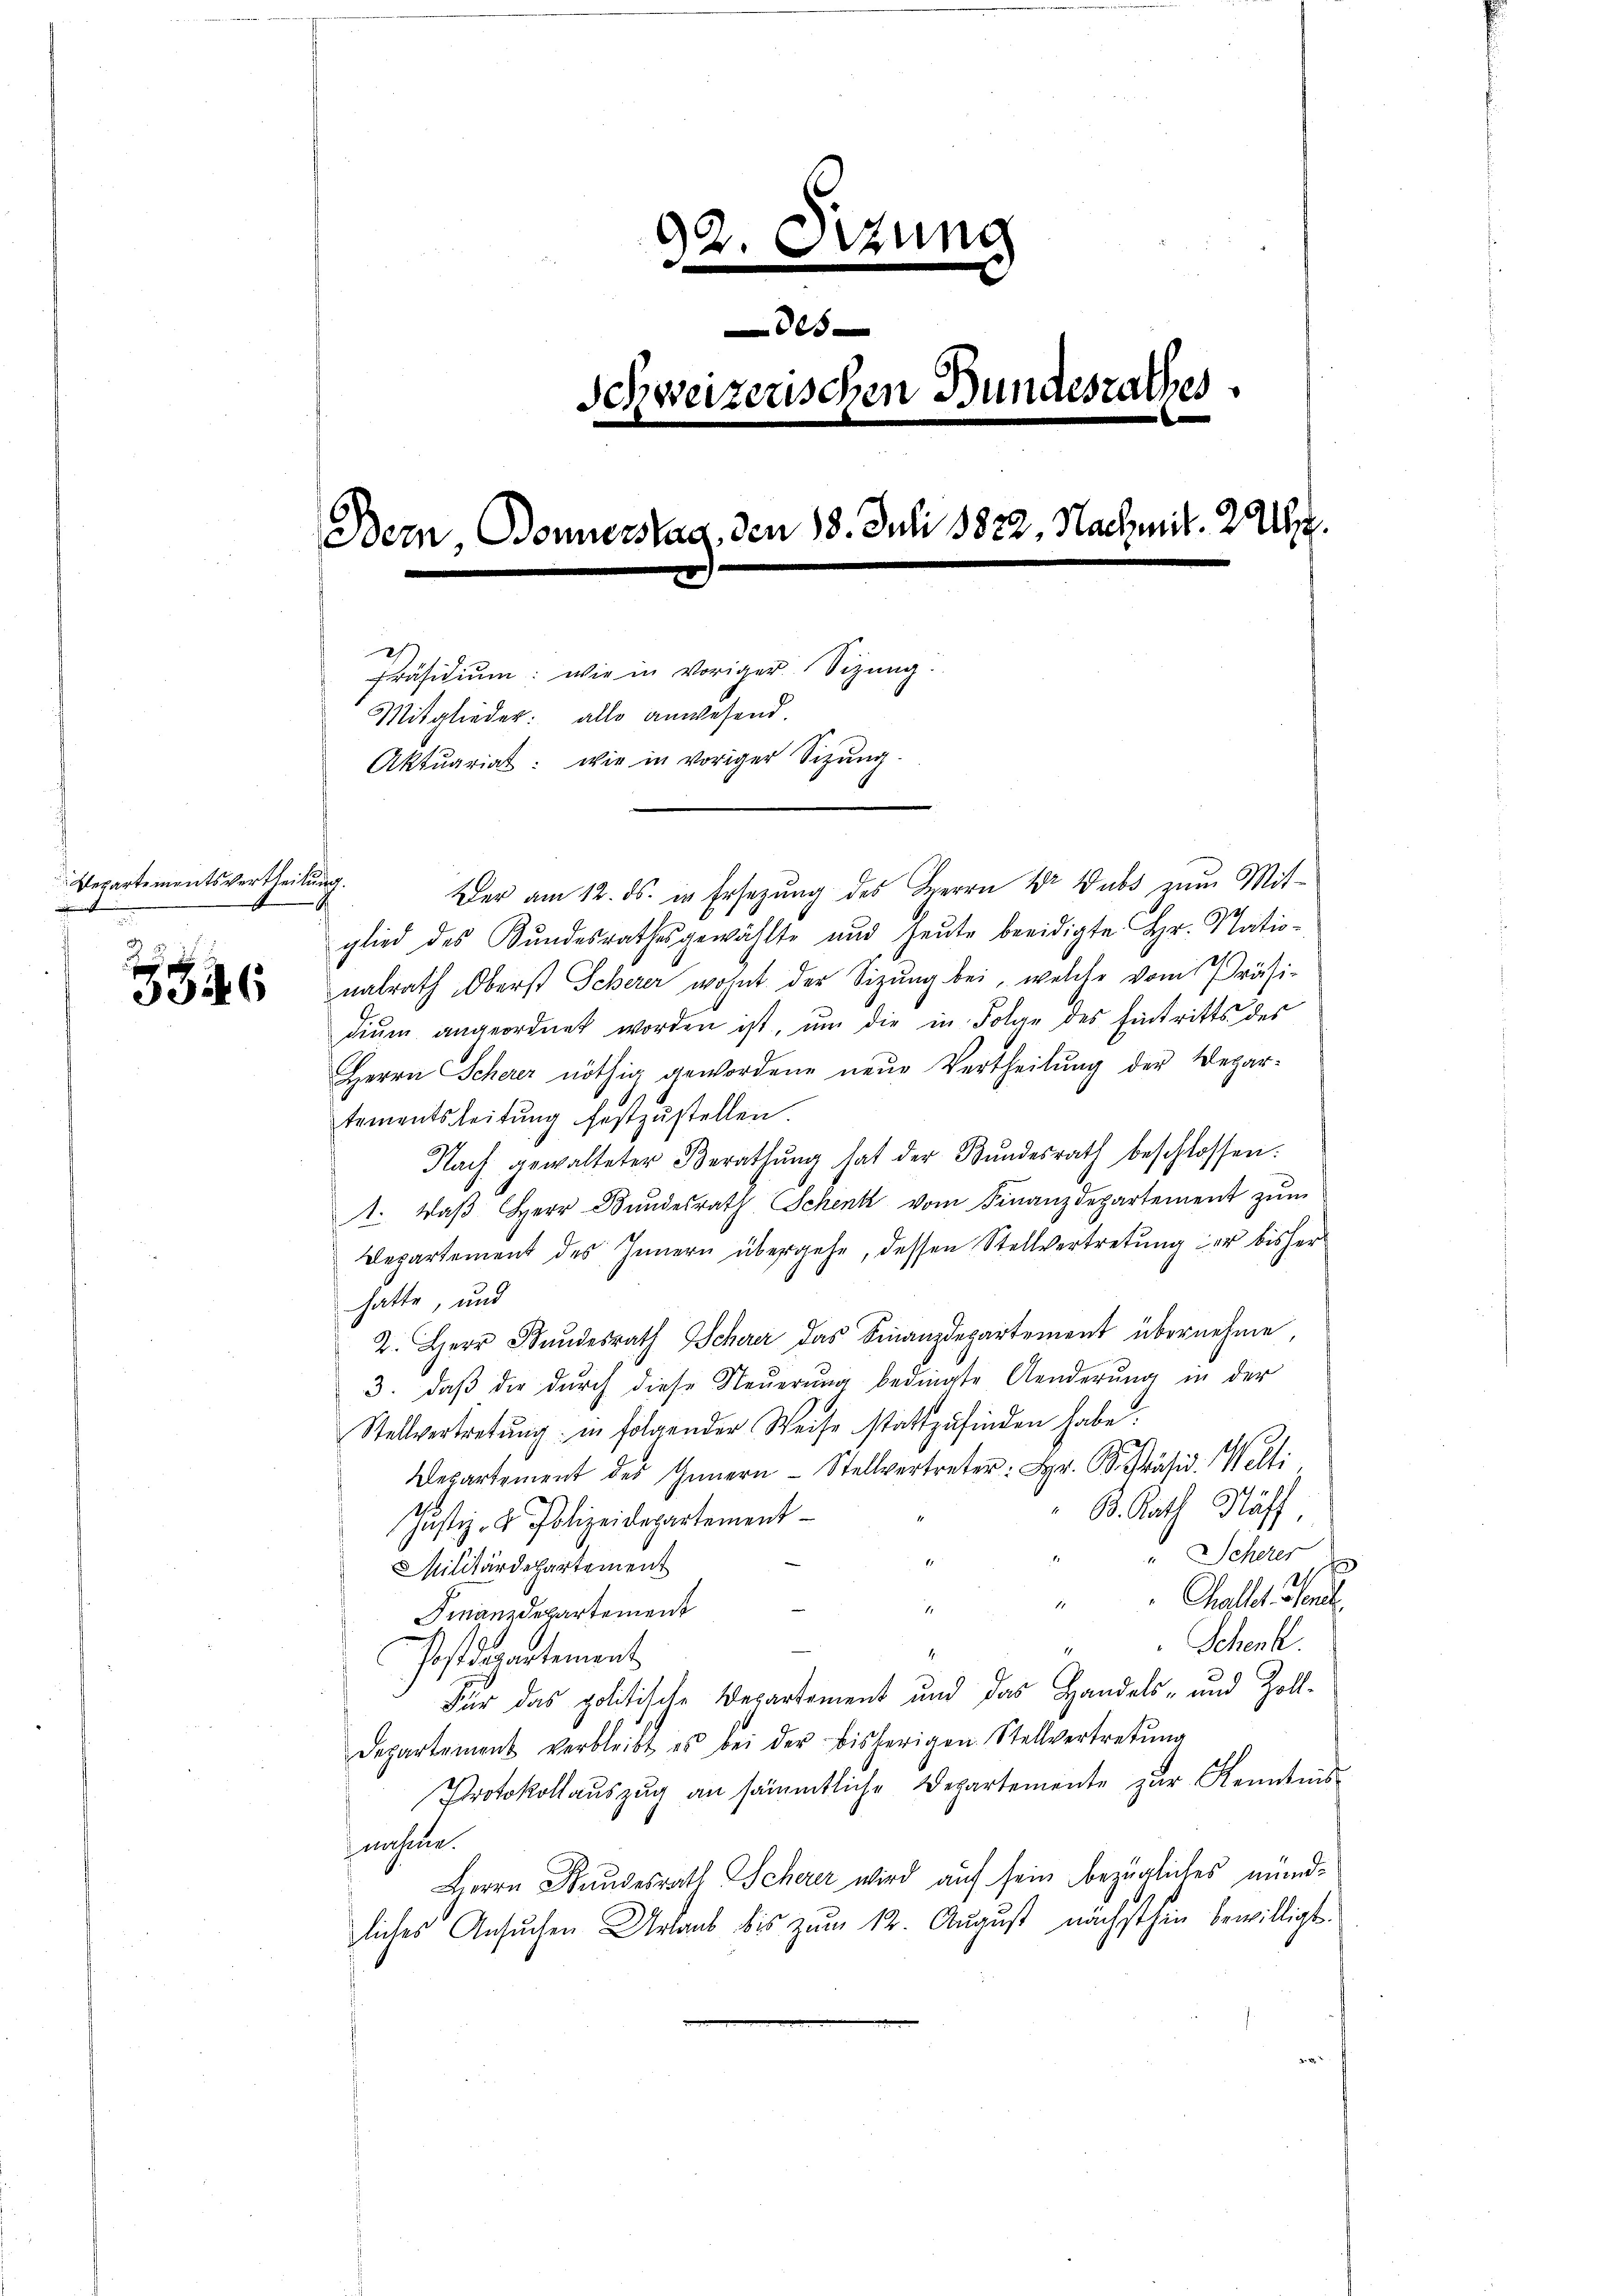
Departementsvertheilung.
h

6

92. Ottung
28
Schweizerischen Bundesrathes.
Bern, Bonnerstag, den 18. Juli 1832, Nachmit. 2 Uhr
Präsidiŭm: wie in voriger Sitzŭng.
Mitglieder: alle anwesend.
Aktuariat: wie in voriger Sitzŭng.

Der am 12. ds. in Ersetzŭng des Herrn Dr. Dubs zum Mit-
glied des Sŭndesrathes gewählte und heute beeidigte Hr. Nationalrath Oberst Scherer wohnt der Sitzung bei, welche vom Präsi-
diŭm angeordnet worden ist, um die in Folge des Eintritts des
Herrn Scherer nöthig gewordene neue Vertheilung der Wegar-
tementsleitŭng festzustellen
Nach gewalteter Berathŭng hat der Bŭndesrath beschlossen:
1. Daß Herr Bundesrath Schenk vom Finanzdepartement zum
Departement des Innern übergehe, dessen Stellvertretung der bisher
hatte, und
2. Herr Standesrath Scherer das Finanzdepartement übernehme,
3. daβ die durch diese Neŭerŭng bedingte Aenderŭng in der
Stellvertretŭng in folgender Weise stattzufinden habe.
1
Departement des Innern Stellvertreter: Hr. Präsid. Welti
 K. Rath Häff,
Justiz- & Polizeidepartement
Scherer
Militärdepartement
Challe Teil
1
Finanzdepartement
Schenk.
17
Post derartement
Für das politische Repartement und das Handels- und Zoll-
Departement verbleibt es bei der bisherigen Stellvertretŭng
Protokollauszug an sämmtliche Departemente zur Kenntnis
gnahme.
Herrn Stundesrath Scherer wird auf sein bezügliches mündliches Ansuchen Urlaub bis zum 12. August nächsthen bewilligt.
x